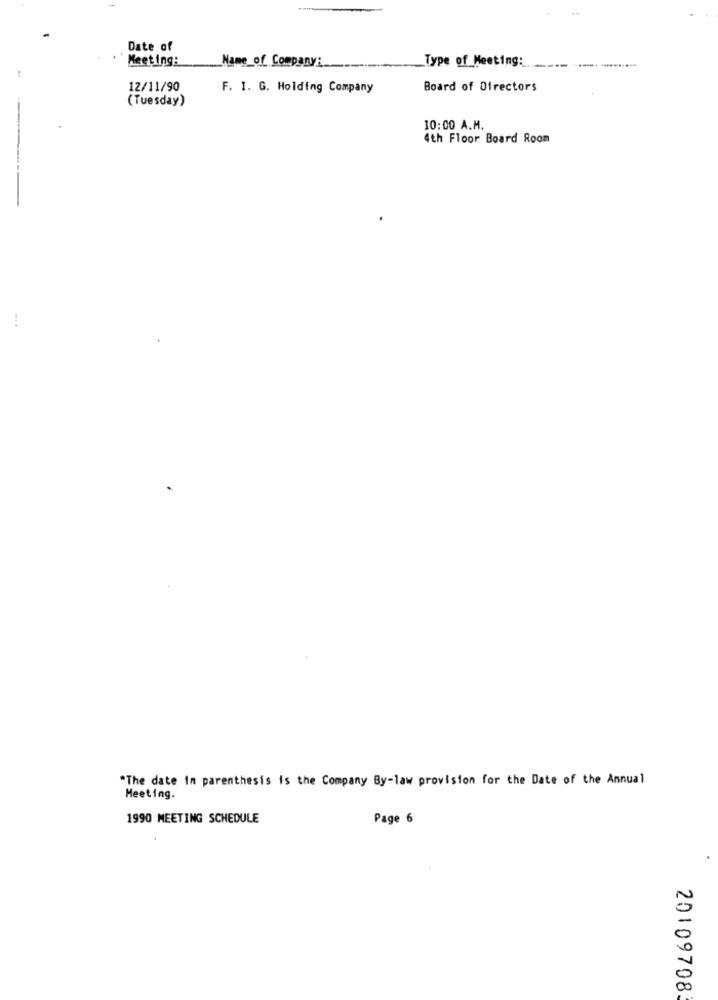
Date of
Meeting:
Type of Meeting:
Name_of Company:
12/11/90
F. I. G. Holding Company
Board of Directors
(Tuesday)
--
10:00 A.M.
4th Floor Board Room
"The date In parenthesis is the Company By-law provision for the Date of the Annual
Meeting.
1990 MEETING SCHEDULE
Page 6
20109708